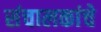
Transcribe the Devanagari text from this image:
संचालकांचे